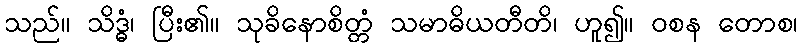
သည်။ သိဒ္ဓံ၊ ပြီး၏။ သုခိနောစိတ္တံ သမာဓိယတီတိ၊ ဟူ၍။ ဝစန တောစ၊